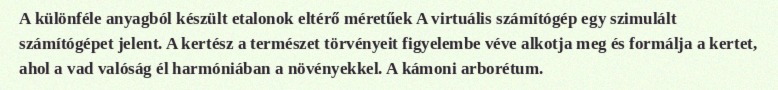
A különféle anyagból készült etalonok eltérő méretűek A virtuális számítógép egy szimulált számítógépet jelent. A kertész a természet törvényeit figyelembe véve alkotja meg és formálja a kertet, ahol a vad valóság él harmóniában a növényekkel. A kámoni arborétum.